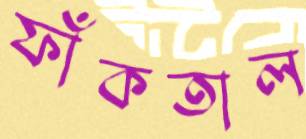
ফাঁকতাল